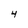
Character: 4